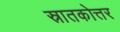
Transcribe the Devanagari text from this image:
स्रातकोत्तर